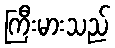
ကြီးမားသည်